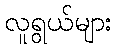
လူရွယ်များ